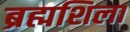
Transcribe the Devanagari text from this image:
ब्रह्मशिला